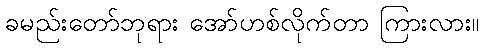
ခမည်းတော်ဘုရား အော်ဟစ်လိုက်တာ ကြားလား။